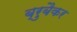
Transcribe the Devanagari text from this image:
ब्रुबैकर